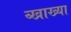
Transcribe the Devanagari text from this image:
व्खाख्या